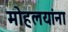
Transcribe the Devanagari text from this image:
माेहलयांना